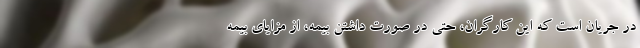
در جریان است که این کارگران، حتی در صورت داشتن بیمه، از مزایای بیمه